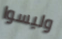
وليسوا